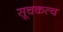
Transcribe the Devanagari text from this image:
सूचकत्व